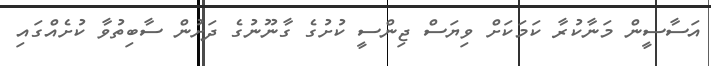
އަސާސީން މަނާކުރާ ކަމަކަށް ވިޔަސް ޖިންސީ ކުށުގެ ގާނޫނުގެ ދަށުން ސާބިތުވާ ކުށެއްގައި